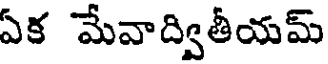
ఏక మేవాద్వితీయమ్